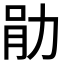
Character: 𫦪